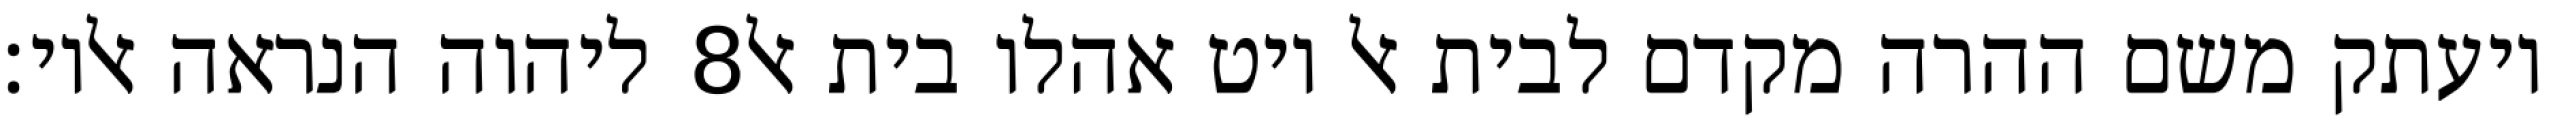
ליהוה הנראה אליו׃ ‎8‏ ויעתק משם ההרה מקדם לבית אל ויט אהלו בית אל